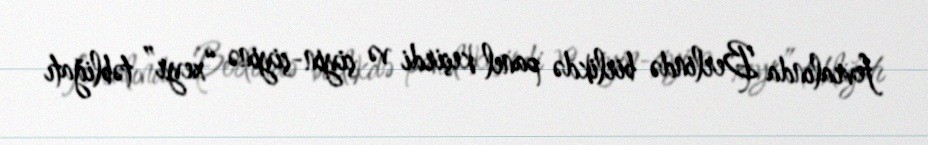
fevralında Berlində birlikdə panel keçirdi və çiyin-çiyinə “xeyr” təbliğatı